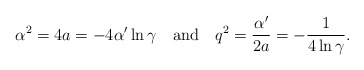
\begin{align*}\alpha^2=4a=-4\alpha'\ln \gamma ~~~\mbox {and}~~~q^2=\frac{\alpha'}{2a}=-\frac{1}{4\ln \gamma}.\end{align*}